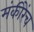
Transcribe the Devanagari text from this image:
मंकीरेंच